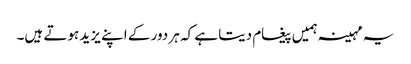
یہ مہینہ ہمیں پیغام دیتا ہے کہ ہر دور کے اپنے یزید ہوتے ہیں۔